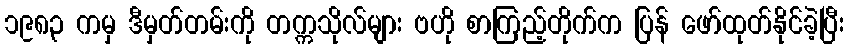
၁၉၈၃ ကမှ ဒီမှတ်တမ်းကို တက္ကသိုလ်များ ဗဟို စာကြည့်တိုက်က ပြန် ဖော်ထုတ်နိုင်ခဲ့ပြီး